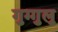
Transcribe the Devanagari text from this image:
गुग्गुलु